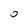
Character: 0